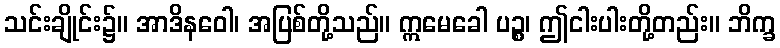
သင်းချိုင်း၌။ အာဒိနဝေါ၊ အပြစ်တို့သည်။ ဣမေခေါ ပဉ္စ၊ ဤငါးပါးတို့တည်း။ ဘိက္ခ